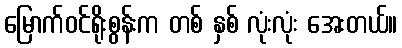
မြောက်ဝင်ရိုးစွန်းက တစ် နှစ် လုံးလုံး အေးတယ်။